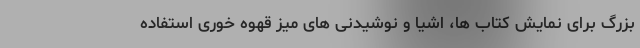
بزرگ برای نمایش کتاب ها، اشیا و نوشیدنی های میز قهوه خوری استفاده